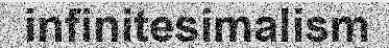
infinitesimalism